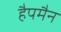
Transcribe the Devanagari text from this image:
हैपमैन